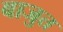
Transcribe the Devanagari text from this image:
बाजुत